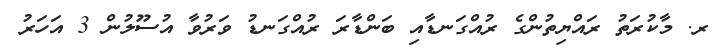
ރ. މާކުރަތު ރައްޔިތުންގެ ރުއްގަނޑާއި ބަންޑާރަ ރުއްގަނޑު ވަރުވާ އުސޫލުން 3 އަހަރު